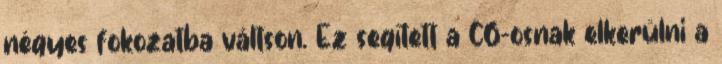
négyes fokozatba váltson. Ez segített a C6-osnak elkerülni a